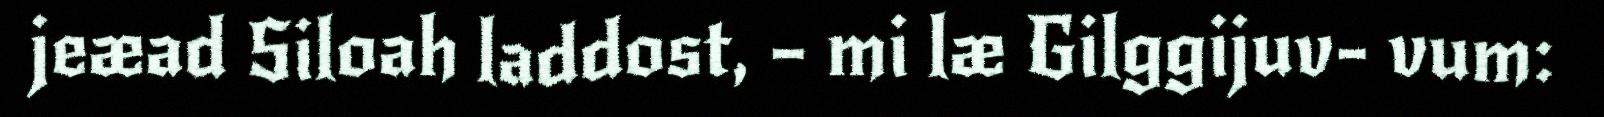
jeæad Siloah laddost, – mi læ Gilggijuv- vum: